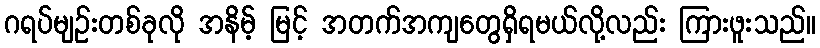
ဂရပ်မျဉ်းတစ်ခုလို အနိမ့် မြင့် အတက်အကျတွေရှိရမယ်လို့လည်း ကြားဖူးသည်။